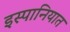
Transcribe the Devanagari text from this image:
इस्पानियात